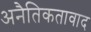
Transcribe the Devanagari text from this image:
अनैतिकतावाद